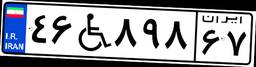
۴۶W۸۹۸۶۷